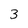
Character: 3